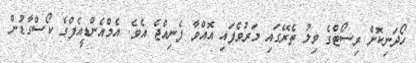
ހޯދަނިކޮށް ރިސޯޓްގެ ވިލު ތެރޭގައި މަރުވެފައި އޮއްވާ ފެނިއްޖެ އެވެ. އެމްއެންޑީއެފްގެ ކޯސްގާޑުން